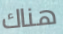
هناك